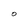
Character: O